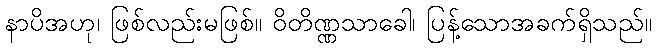
နာပိအဟု၊ ဖြစ်လည်းမဖြစ်။ ဝိတိဏ္ဏသာခေါ၊ ပြန့်သောအခက်ရှိသည်။